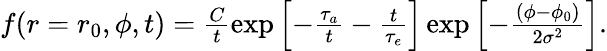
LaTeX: \begin{array}{r}{f(r=r_{0},\phi,t)=\frac{C}{t}\exp\left[-\frac{\tau_{a}}{t}-\frac{t}{\tau_{e}}\right]\exp\left[-\frac{\left(\phi-\phi_{0}\right)}{2\sigma^{2}}\right].}\end{array}